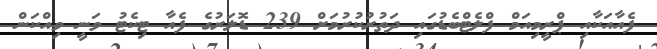
ފެއާއަކާއި ޕްރީމިއަމް ފްލެޓްބެޑުގައި ދަތުރުކުރުމަށް 239 ޑޮލަރުގެ ފެއާ ޓިކެޓު ވަނީ ވިއްކަން